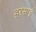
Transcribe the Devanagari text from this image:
हरसाईं